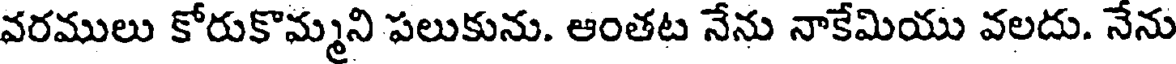
వరములు కోరుకొమ్మని పలుకును. ఆంతట నేను నాకేమియు వలదు. నేను